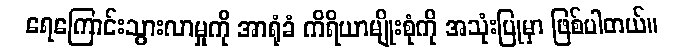
ရေကြောင်းသွားလာမှုကို အာရုံခံ ကိရိယာမျိုးစုံကို အသုံးပြုမှာ ဖြစ်ပါတယ်။